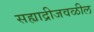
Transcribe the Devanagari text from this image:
सह्याद्रीजवळील